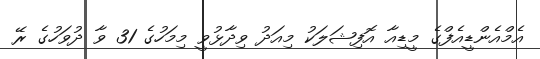
އެމްއެންޑީއެފްގެ މީޑިއާ އޮފިޝަލަކު މިއަދު ވިދާޅުވީ މިމަހުގެ 31 ވާ ދުވަހުގެ ރޭ